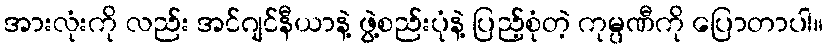
အားလုံးကို လည်း အင်ဂျင်နီယာနဲ့ ဖွဲ့စည်းပုံနဲ့ ပြည့်စုံတဲ့ ကုမ္ပဏီကို ပြောတာပါ။